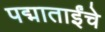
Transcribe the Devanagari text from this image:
पद्माताईंचे